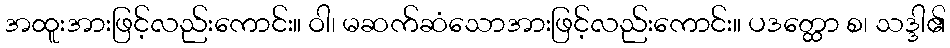
အထူးအားဖြင့်လည်းကောင်း။ ဝါ၊ မဆက်ဆံသောအားဖြင့်လည်းကောင်း။ ပဒတ္ထော စ၊ သဒ္ဒါ၏